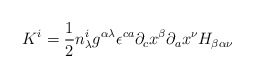
\begin{align*}K^{i} = \frac{1}{2} n^{i}_{\lambda}g^{\alpha\lambda}{\epsilon}^{ca}{\partial}_{c}x^{\beta}{\partial}_{a}x^{\nu} H_{\beta\alpha\nu}\end{align*}